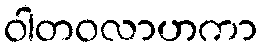
ဝါတဝလာဟကာ